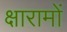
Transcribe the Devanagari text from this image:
क्षारामों